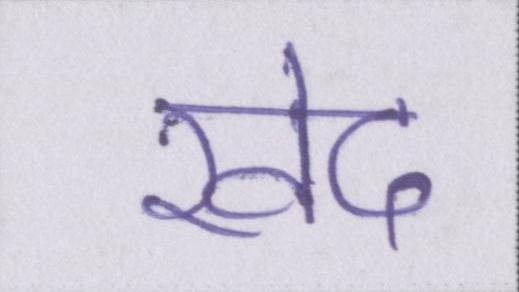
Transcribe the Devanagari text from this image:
खेद